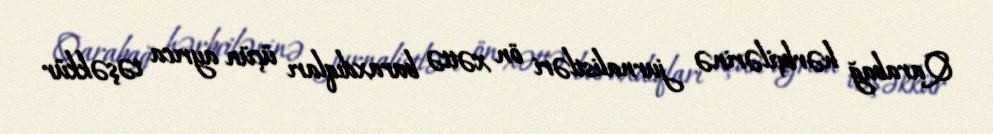
Qarabağ hərbçilərinə jurnalistləri ön xəttə buraxdıqları üçün ayrıca təşəkkür